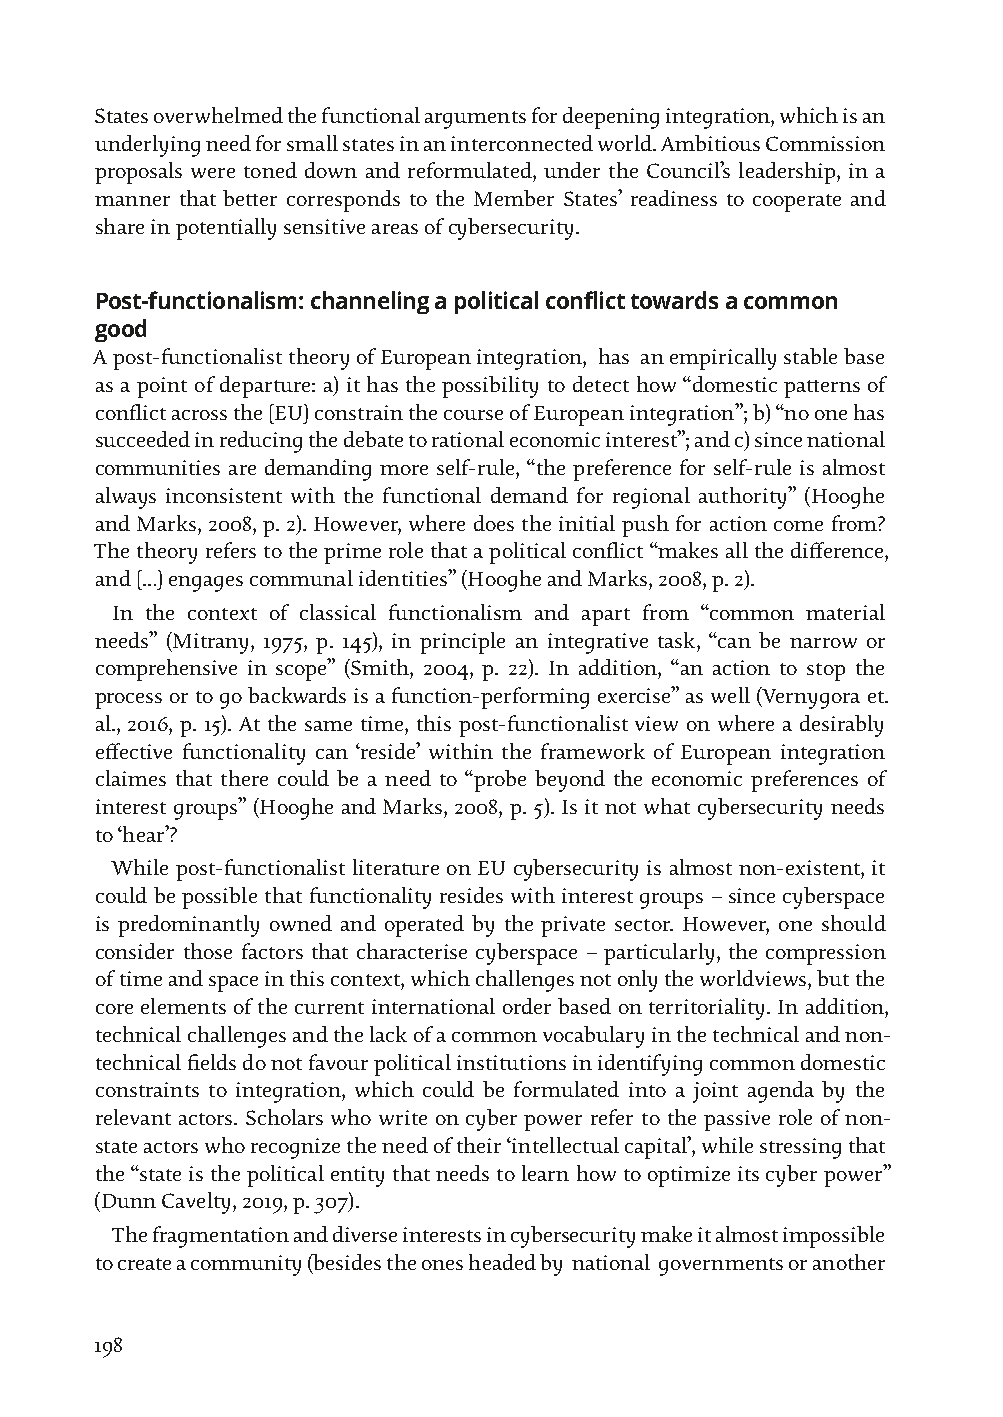
States overwhelmed the functional arguments for deepening integration, which is an
 underlying need for small states in an interconnected world. Ambitious Commission
 proposals were toned down and reformulated, under the Council’s leadership, in a
 manner that better corresponds to the Member States’ readiness to cooperate and
 share in potentially sensitive areas of cybersecurity.
 Post-functionalism: channeling a political conflict towards a common
 good
 A post-functionalist theory of European integration, has an empirically stable base
 as a point of departure: a) it has the possibility to detect how “domestic patterns of
 conflict across the [EU] constrain the course of European integration”; b) “no one has
 succeeded in reducing the debate to rational economic interest”; and c) since national
 communities are demanding more self-rule, “the preference for self-rule is almost
 always inconsistent with the functional demand for regional authority” (Hooghe
 and Marks, 2008, p. 2). However, where does the initial push for action come from?
 The theory refers to the prime role that a political conflict “makes all the difference,
 and […] engages communal identities” (Hooghe and Marks, 2008, p. 2).
 In the context of classical functionalism and apart from “common material
 needs” (Mitrany, 1975, p. 145), in principle an integrative task, “can be narrow or
 comprehensive in scope” (Smith, 2004, p. 22). In addition, “an action to stop the
 process or to go backwards is a function-performing exercise” as well (Vernygora et.
 al., 2016, p. 15). At the same time, this post-functionalist view on where a desirably
 effective functionality can ‘reside’ within the framework of European integration
 claimes that there could be a need to “probe beyond the economic preferences of
 interest groups” (Hooghe and Marks, 2008, p. 5). Is it not what cybersecurity needs
 to ‘hear’?
 While post-functionalist literature on EU cybersecurity is almost non-existent, it
 could be possible that functionality resides with interest groups – since cyberspace
 is predominantly owned and operated by the private sector. However, one should
 consider those factors that characterise cyberspace – particularly, the compression
 of time and space in this context, which challenges not only the worldviews, but the
 core elements of the current international order based on territoriality. In addition,
 technical challenges and the lack of a common vocabulary in the technical and non-
 technical fields do not favour political institutions in identifying common domestic
 constraints to integration, which could be formulated into a joint agenda by the
 relevant actors. Scholars who write on cyber power refer to the passive role of non-
 state actors who recognize the need of their ‘intellectual capital’, while stressing that
 the “state is the political entity that needs to learn how to optimize its cyber power”
 (Dunn Cavelty, 2019, p. 307).
 The fragmentation and diverse interests in cybersecurity make it almost impossible
 to create a community (besides the ones headed by national governments or another
 198